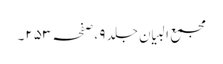
مجمع البیان جلد ٩ ،صفحہ ٢٥٣۔